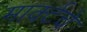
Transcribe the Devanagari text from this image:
मार्क्टचे